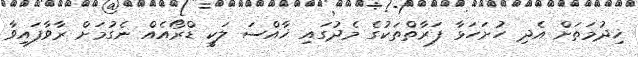
ޚިދުމަތަށް އެދި ހުށަހަޅާ ފަރާތްތަކުގެ މެދުގައި ޚާއްސަ ލަކީ ޑްރޯއެއް ނެގުމަށް ރާވާފައިވާ